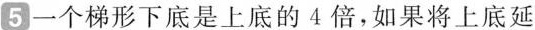
5一个梯形下底是上底的4倍，如果将上底延